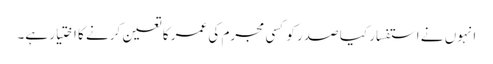
انہوں نے استفسار کیا صدر کو کسی مجرم کی عمر کا تعین کرنے کا اختیار ہے۔